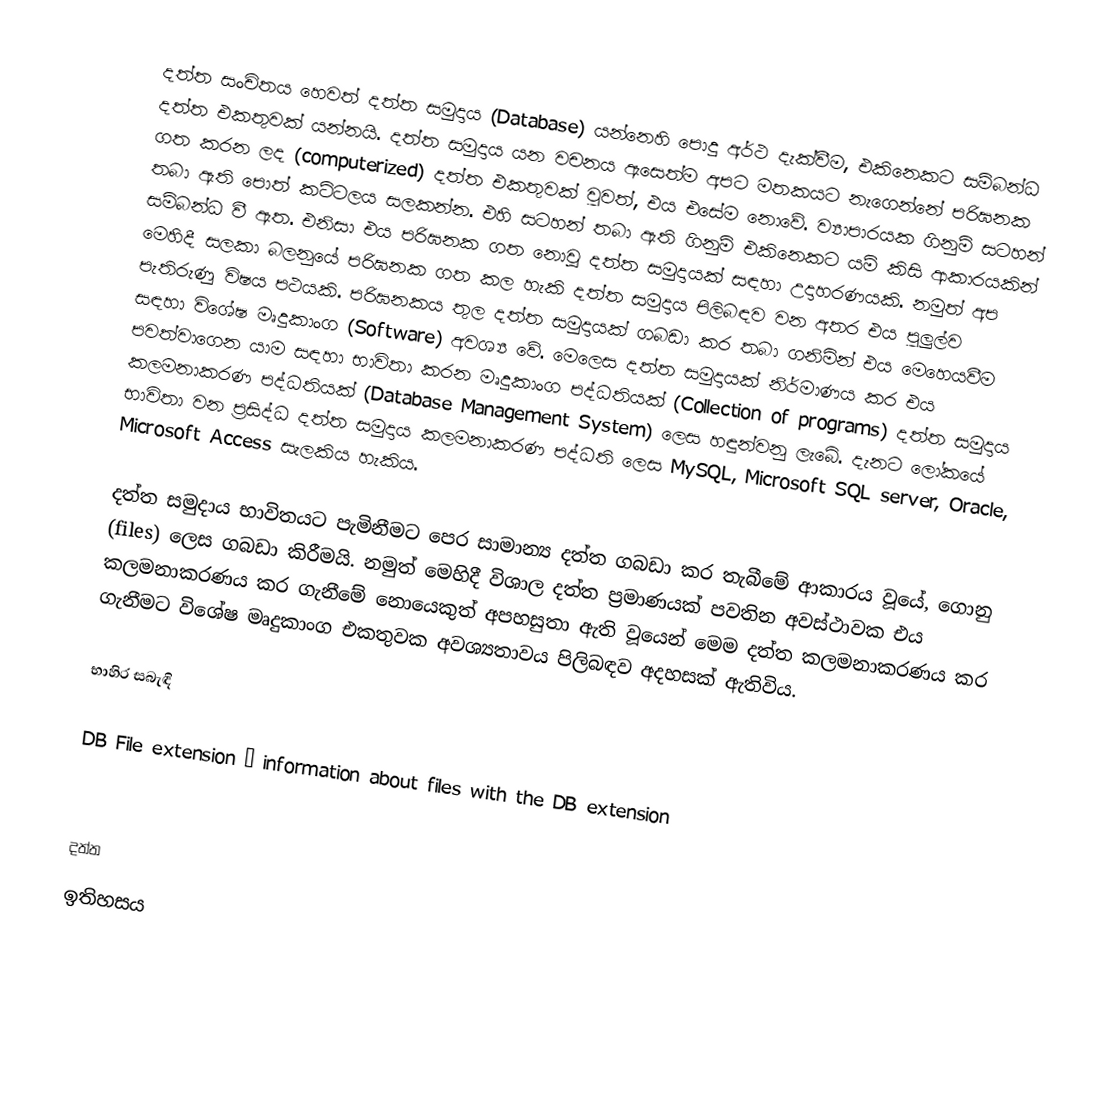
දත්ත සංචිතය හෙවත් දත්ත සමුදාය (Database) යන්නෙහි පොදු අර්ථ දැක්වීම, එකිනෙකට සම්බන්ධ දත්ත එකතුවක් යන්නයි. දත්ත සමුදාය යන වචනය ඇසෙත්ම අපට මතකයට නැගෙන්නේ පරිඝනක ගත කරන ලද (computerized) දත්ත එකතුවක් වුවත්, එය එසේම නොවේ. ව්‍යාපාරයක ගිනුම් සටහන් තබා ඇති පොත් කට්ටලය සලකන්න. එහි සටහන් තබා ඇති ගිනුම් එකිනෙකට යම් කිසි ආකාරයකින් සම්බන්ධ වී ඇත. එනිසා එය පරිඝනක ගත නොවූ දත්ත සමුදායක් සඳහා උදාහරණයකි. නමුත් අප මෙහිදී සලකා බලනුයේ පරිඝනක ගත කල හැකි දත්ත සමුදාය පිලිබඳව වන අතර එය පුලුල්ව පැතිරුණු විෂය පථයකි. පරිඝනකය තුල දත්ත සමුදායක් ගබඩා කර තබා ගනිමින් එය මෙහෙයවීම සඳහා විශේෂ මෘදුකාංග (Software) අවශ්‍ය වේ. මෙලෙස දත්ත සමුදායක් නිර්මාණය කර එය පවත්වාගෙන යාම සඳහා භාවිතා කරන මෘදුකාංග පද්ධතියක් (Collection of programs) දත්ත සමුදාය කලමනාකරණ පද්ධතියක් (Database Management System) ලෙස හඳුන්වනු ලැබේ. දැනට ලෝකයේ භාවිතා වන ප්‍රසිද්ධ දත්ත සමුදාය කලමනාකරණ පද්ධති ලෙස MySQL, Microsoft SQL server, Oracle, Microsoft Access සැලකිය හැකිය.

දත්ත සමුදාය භාවිතයට පැමිනීමට පෙර සාමාන්‍ය දත්ත ගබඩා කර තැබීමේ ආකාරය වූයේ, ගොනු (files) ලෙස ගබඩා කිරීමයි. නමුත් මෙහිදී විශාල දත්ත ප්‍රමාණයක් පවතින අවස්ථාවක එය කලමනාකරණය කර ගැනීමේ නොයෙකුත් අපහසුතා ඇති වූයෙන් මෙම දත්ත කලමනාකරණය කර ගැනීමට විශේෂ මෘදුකාංග එකතුවක අවශ්‍යතාවය පිලිබඳව අදහසක් ඇතිවිය.

භාහිර සබැඳි

DB File extension – information about files with the DB extension

දත්ත
ඉතිහසය